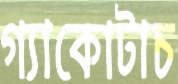
গ্যাকোটাচ